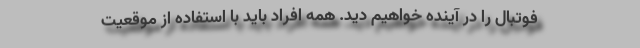
فوتبال را در آینده خواهیم دید. همه افراد باید با استفاده از موقعیت